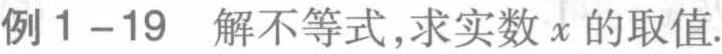
例1 - 19 解不等式,求实数\(x\)的取值.